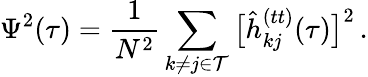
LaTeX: \Psi^{2}(\tau)=\frac{1}{N^{2}}\sum_{k\neq j\in\mathcal{T}}\big[\hat{h}_{kj}^{(tt)}(\tau)\big]^{2}\, .